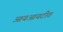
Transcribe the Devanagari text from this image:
आयआयटीत